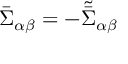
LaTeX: \bar { \Sigma } _ { \alpha \beta } = - \tilde { \bar { \Sigma } } _ { \alpha \beta }